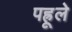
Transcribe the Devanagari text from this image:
पह्रूले